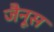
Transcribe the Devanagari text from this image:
जैनूस